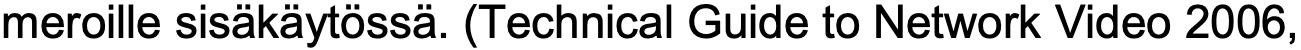
meroille sisäkäytössä. (Technical Guide to Network Video 2006,